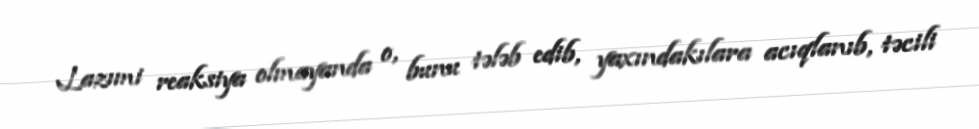
Lazımi reaksiya olmayanda o, bunu tələb edib, yaxındakılara acıqlanıb, təcili